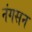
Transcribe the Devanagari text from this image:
नंगसन